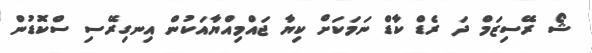
ޝޯ ރޭސިޒަމް ދަ ރެޑް ކާޑް ނަމަކަށް ކިޔާ ޖައްމިއްޔާއަކުން އިނގިރޭސި ސްކޮޑުން